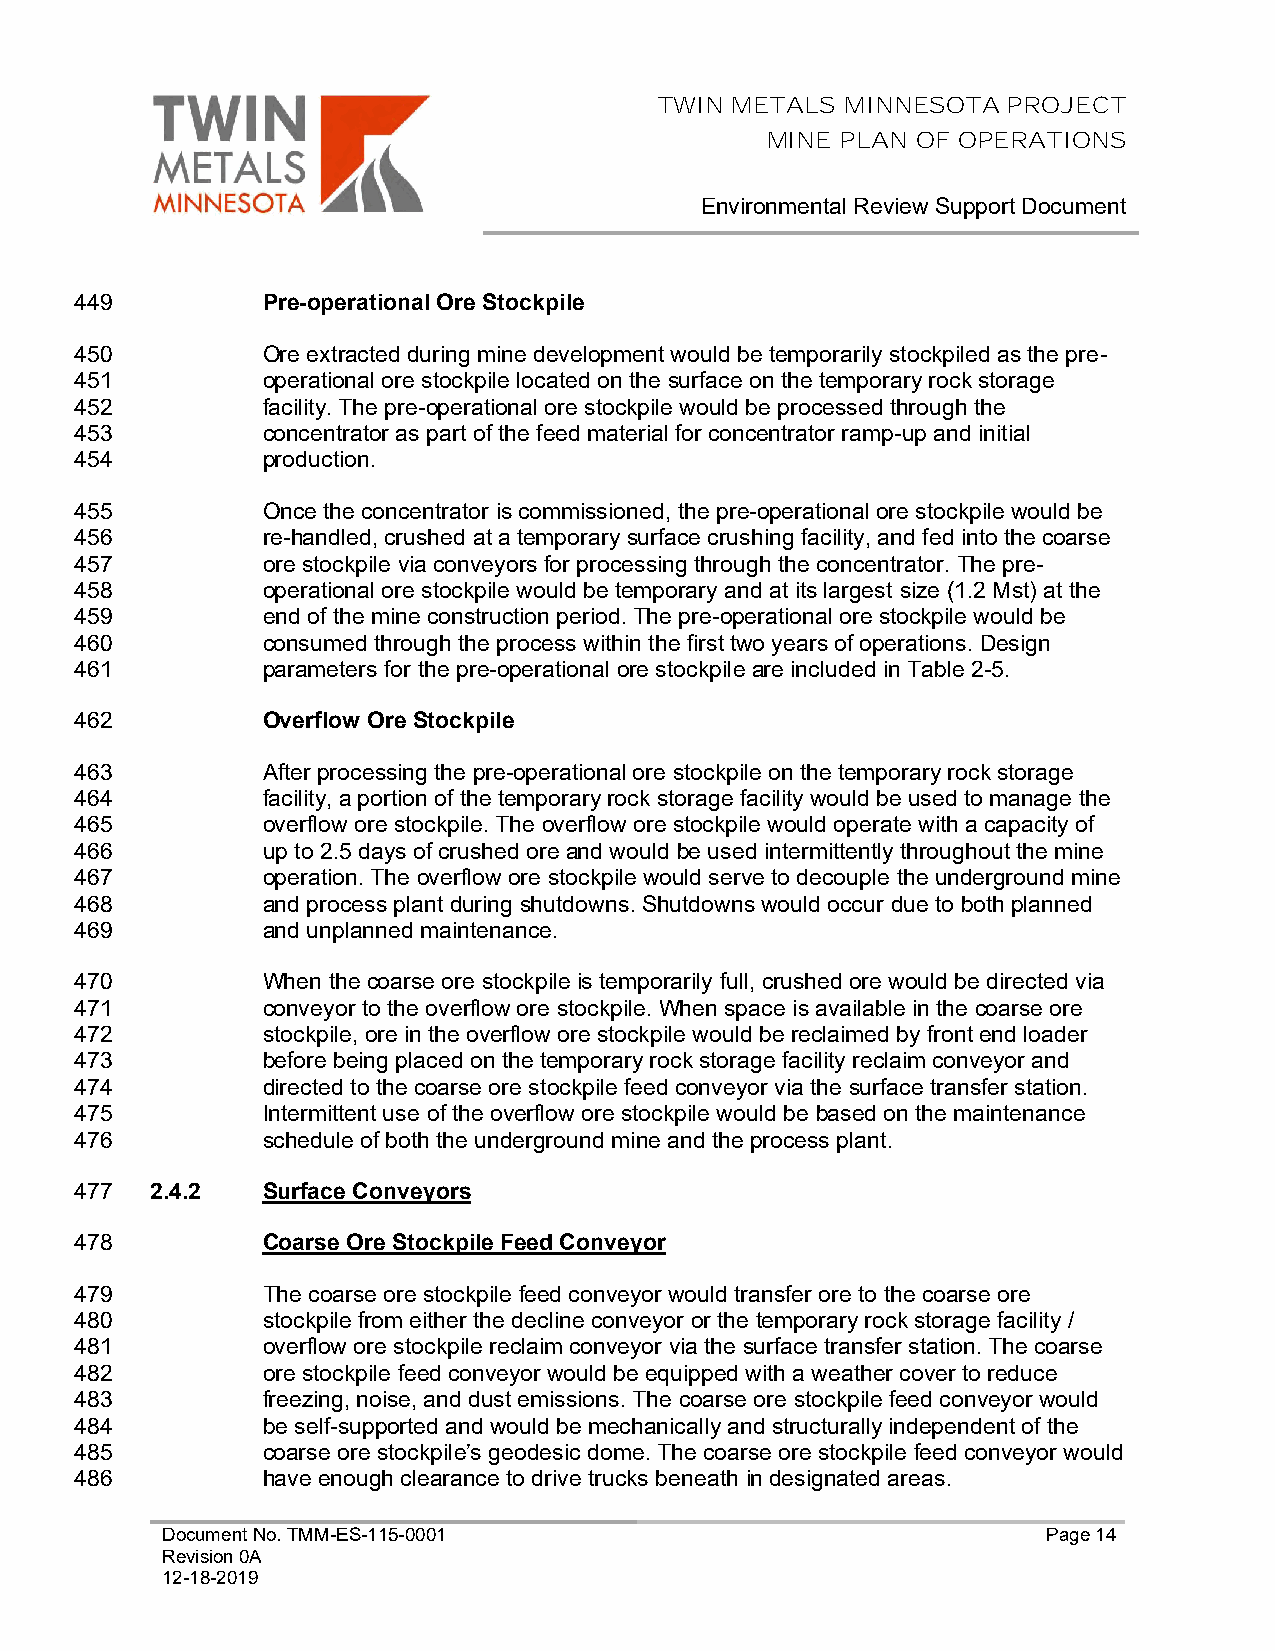
TWIN METALS MINNESOTA  PROJECT
 MINE PLAN OF OPERATIONS
 Environmental Review Support Document
 449         Pre-operational Ore Stockpile
 450         Ore extracted during mine development would be temporarily stockpiled as the pre-
 451         operational ore stockpile located on the surface on the temporary rock storage
 452         facility. The pre-operational ore stockpile would be processed through the
 453         concentrator as part of the feed material for concentrator ramp-up and initial
 454         production.
 455         Once the concentrator is commissioned, the pre-operational ore stockpile would be
 456         re-handled, crushed at a temporary surface crushing facility, and fed into the coarse
 457         ore stockpile via conveyors for processing through the concentrator. The pre-
 458         operational ore stockpile would be temporary and at its largest size (1.2 Mst) at the
 459         end of the mine construction period. The pre-operational ore stockpile would be
 460         consumed through the process within the first two years of operations. Design
 461         parameters for the pre-operational ore stockpile are included in Table 2-5.
 462         Overflow Ore Stockpile
 463         After processing the pre-operational ore stockpile on the temporary rock storage
 464         facility, a portion of the temporary rock storage facility would be used to manage the
 465         overflow ore stockpile. The overflow ore stockpile would operate with a capacity of
 466         up to 2.5 days of crushed ore and would be used intermittently throughout the mine
 467         operation. The overflow ore stockpile would serve to decouple the underground mine
 468         and process plant during shutdowns. Shutdowns would occur due to both planned
 469         and unplanned maintenance.
 470         When the coarse ore stockpile is temporarily full, crushed ore would be directed via
 471         conveyor to the overflow ore stockpile. When space is available in the coarse ore
 472         stockpile, ore in the overflow ore stockpile would be reclaimed by front end loader
 473         before being placed on the temporary rock storage facility reclaim conveyor and
 474         directed to the coarse ore stockpile feed conveyor via the surface transfer station.
 475         Intermittent use of the overflow ore stockpile would be based on the maintenance
 476         schedule of both the underground mine and the process plant.
 477  2.4.2  Surface Conveyors
 478         Coarse Ore Stockpile Feed Conveyor
 479         The coarse ore stockpile feed conveyor would transfer ore to the coarse ore
 480         stockpile from either the decline conveyor or the temporary rock storage facility /
 481         overflow ore stockpile reclaim conveyor via the surface transfer station. The coarse
 482         ore stockpile feed conveyor would be equipped with a weather cover to reduce
 483         freezing, noise, and dust emissions. The coarse ore stockpile feed conveyor would
 484         be self-supported and would be mechanically and structurally independent of the
 485         coarse ore stockpile’s geodesic dome. The coarse ore stockpile feed conveyor would
 486         have enough clearance to drive trucks beneath in designated areas.
 Document No. TMM-ES-115-0001                              Page 14
 Revision 0A
 12-18-2019